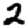
Digit: 2